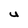
Character: U